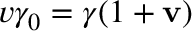
v \gamma _ { 0 } = \gamma ( 1 + \mathbf { v } )